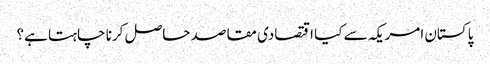
پاکستان امریکہ سے کیا اقتصادی مقاصد حاصل کرنا چاہتا ہے؟